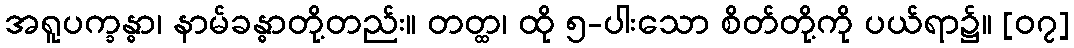
အရူပက္ခန္ဓာ၊ နာမ်ခန္ဓာတို့တည်း။ တတ္ထ၊ ထို ၅-ပါးသော စိတ်တို့ကို ပယ်ရာ၌။ [၀၇]